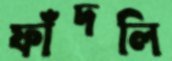
ফাঁদলি